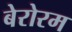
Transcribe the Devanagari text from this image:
बेरोरम